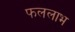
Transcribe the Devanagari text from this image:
फललाभ